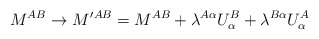
\begin{align*}M^{AB}\to M'{}^{AB}=M^{AB}+\lambda^{A\alpha}U^B_\alpha +\lambda^{B\alpha}U^A_\alpha \end{align*}